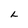
Character: L